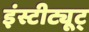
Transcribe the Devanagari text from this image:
इंस्टीट्यूट्